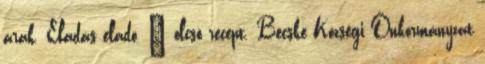
árak. Eladás eladó, – olcsó recept. Becske Községi Önkormányzat